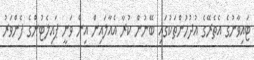
ޓައިވާނުގެ އެތެރޭގެ އުދުހުންތަކުގައި ބޭނުން ކުރާ އެއާލައިން އިން ވަނީ ޕައިލެޓުންގެ ފެންވަރު